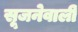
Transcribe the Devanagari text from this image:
सूजनेवाली